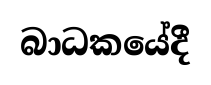
බාධකයේදී